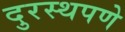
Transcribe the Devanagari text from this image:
दुरस्थपणे